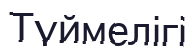
Түймелігі